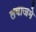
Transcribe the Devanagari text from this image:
लवाजमे